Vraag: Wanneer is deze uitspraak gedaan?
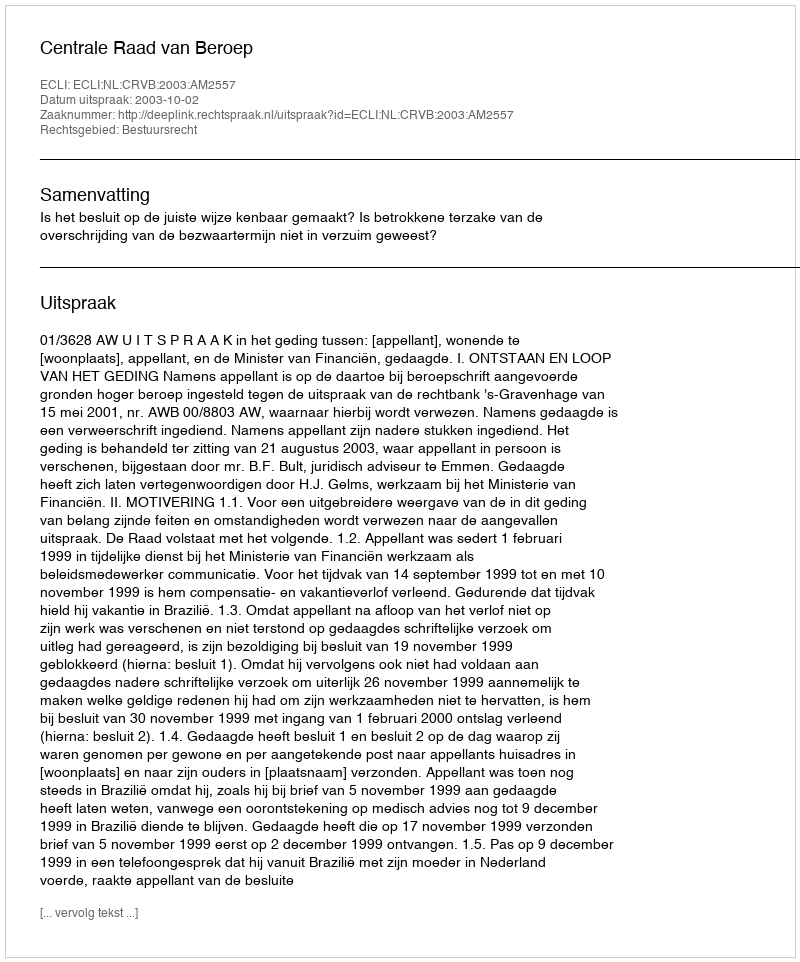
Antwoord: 2003-10-02